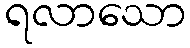
ရလာသော